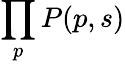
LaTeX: \prod_{p}P(p,s)